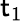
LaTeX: \mathsf{t}_{1}